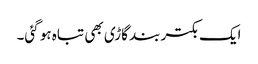
ایک بکتر بند گاڑی بھی تباہ ہو گئی۔